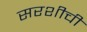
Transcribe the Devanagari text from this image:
सरशीची